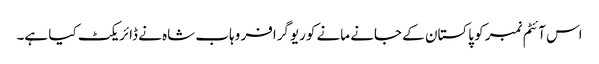
اس آئٹم نمبر کو پاکستان کے جانے مانے کوریوگرافر وہاب شاہ نے ڈائریکٹ کیا ہے۔